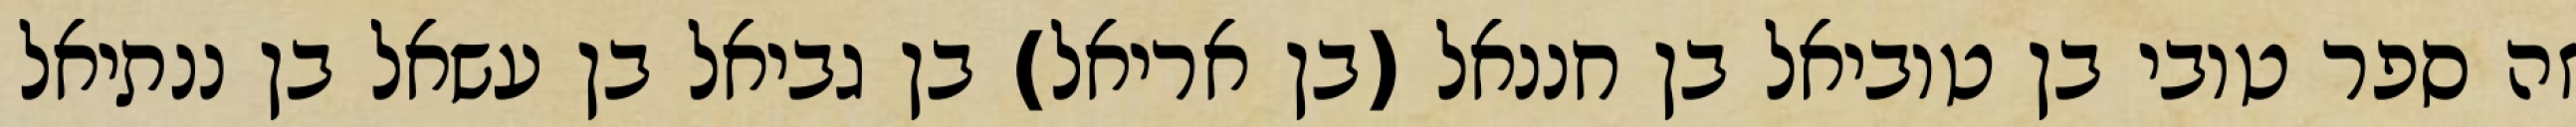
זה ספר טובי בן טוביאל בן חננאל (בן אריאל) בן גביאל בן עשאל בן ננתיאל